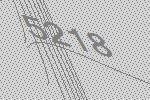
5218